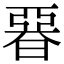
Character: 𣉩